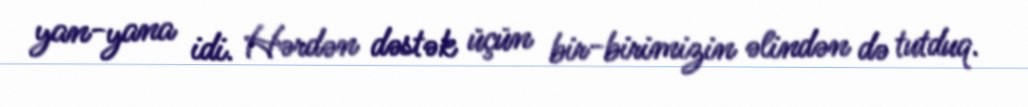
yan-yana idi. Hərdən dəstək üçün bir-birimizin əlindən də tutduq.